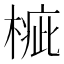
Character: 𣖲